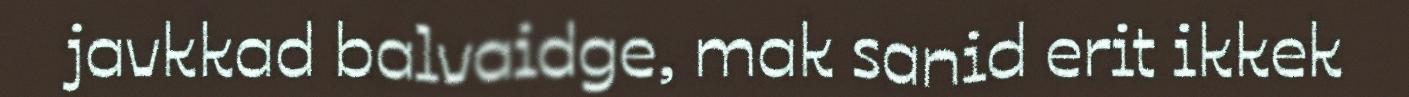
javkkad balvaidge, mak sanid erit ikkek